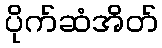
ပိုက်ဆံအိတ်